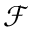
\mathscr { F }